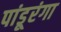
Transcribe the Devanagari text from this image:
पांडूरंगा